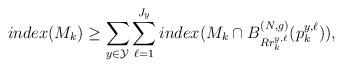
LaTeX: \begin{align*}index(M_k)\geq \sum_{y\in\mathcal{Y}} \sum_{\ell=1}^{J_y} index (M_k \cap B^{(N,g)}_{R r^{y,\ell}_k}(p^{y,\ell}_k)),\end{align*}